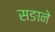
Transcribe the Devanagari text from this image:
सङाने